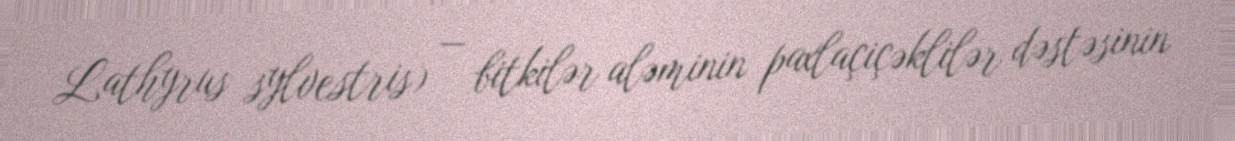
Lathyrus sylvestris) — bitkilər aləminin paxlaçiçəklilər dəstəsinin